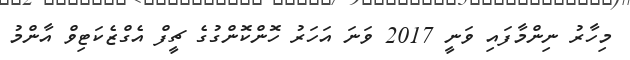
މިހާރު ނިންމާފައި ވަނީ 2017 ވަނަ އަހަރު ހޮންކޮންގުގެ ޗީފް އެގްޒެކަޓިވް އާންމު